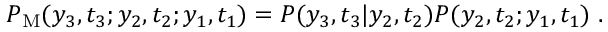
P _ { \mathrm { M } } ( y _ { 3 } , t _ { 3 } ; y _ { 2 } , t _ { 2 } ; y _ { 1 } , t _ { 1 } ) = P ( y _ { 3 } , t _ { 3 } | y _ { 2 } , t _ { 2 } ) P ( y _ { 2 } , t _ { 2 } ; y _ { 1 } , t _ { 1 } ) \; .